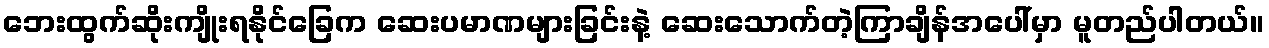
ဘေးထွက်ဆိုးကျိုးရနိုင်ခြေက ဆေးပမာဏများခြင်းနဲ့ ဆေးသောက်တဲ့ကြာချိန်အပေါ်မှာ မူတည်ပါတယ်။